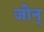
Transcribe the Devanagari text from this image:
जोन्